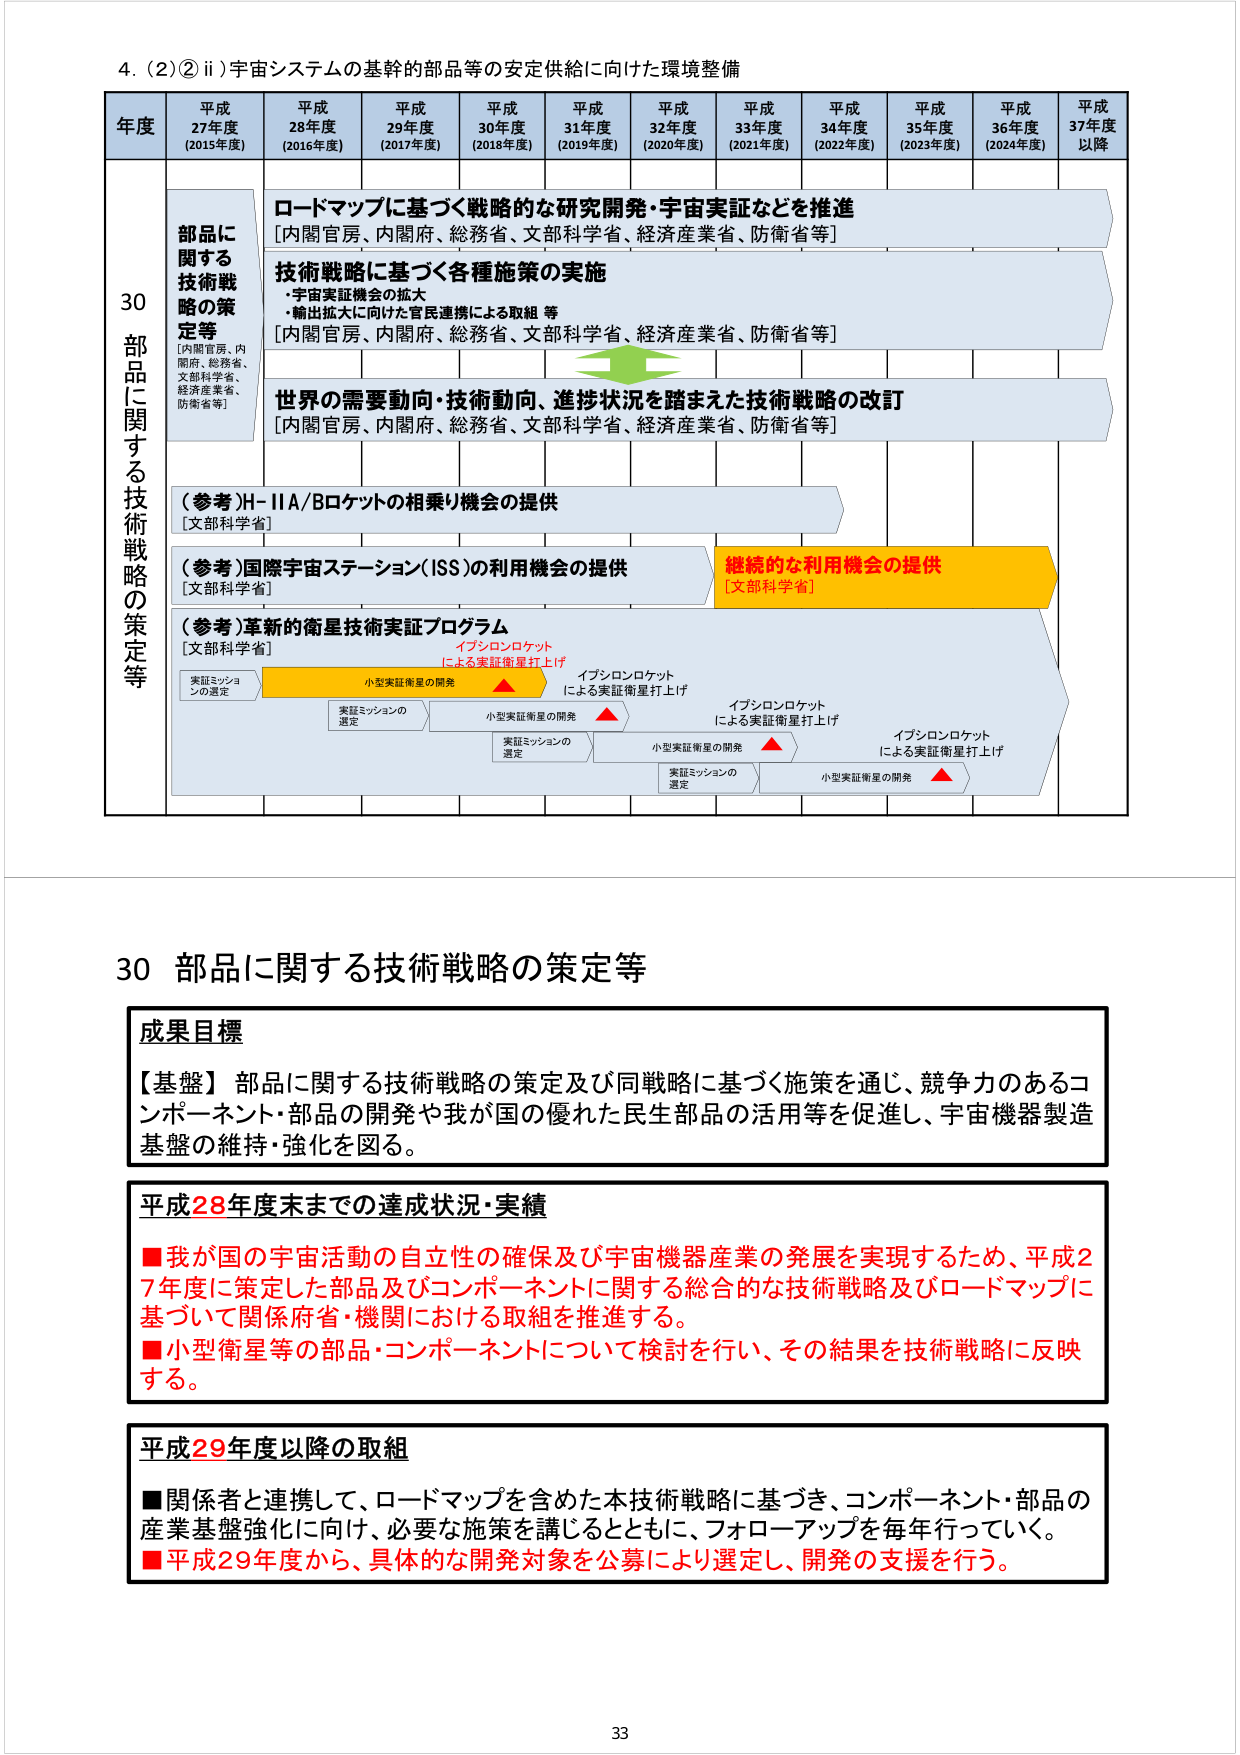
4. (2)②ii) 宇宙システムの基幹的部品等の安定供給に向けた環境整備

年度 平成27年度 (2015年度) 平成28年度 (2016年度) 平成29年度 (2017年度) 平成30年度 (2018年度) 平成31年度 (2019年度) 平成32年度 (2020年度) 平成33年度 (2021年度) 平成34年度 (2022年度) 平成35年度 (2023年度) 平成36年度 (2024年度) 平成37年度以降

部品に関する技術戦略の策定等 [内閣官房、内閣府、総務省、文部科学省、経済産業省、防衛省等]

ロードマップに基づく戦略的な研究開発・宇宙実証などを推進 [内閣官房、内閣府、総務省、文部科学省、経済産業省、防衛省等]

技術戦略に基づく各種施策の実施 ・宇宙実証機会の拡大 ・輸出拡大に向けた官民連携による取組 等 [内閣官房、内閣府、総務省、文部科学省、経済産業省、防衛省等]

世界の需要動向・技術動向、進捗状況を踏まえた技術戦略の改訂 [内閣官房、内閣府、総務省、文部科学省、経済産業省、防衛省等]

（参考）H-IIA/Bロケットの相乗り機会の提供 [文部科学省]

（参考）国際宇宙ステーション（ISS）の利用機会の提供 [文部科学省] 継続的な利用機会の提供 [文部科学省]

（参考）革新的衛星技術実証プログラム [文部科学省]

実証ミッションの選定 小型実証衛星の開発 イプシロンロケットによる実証衛星打上げ

実証ミッションの選定 小型実証衛星の開発 イプシロンロケットによる実証衛星打上げ

実証ミッションの選定 小型実証衛星の開発 イプシロンロケットによる実証衛星打上げ

実証ミッションの選定 小型実証衛星の開発 イプシロンロケットによる実証衛星打上げ

30 部品に関する技術戦略の策定等

成果目標

【基盤】部品に関する技術戦略の策定及び同戦略に基づく施策を通じ、競争力のあるコンポーネント・部品の開発や我が国の優れた民生部品の活用等を促進し、宇宙機器製造基盤の維持・強化を図る。

平成28年度末までの達成状況・実績

■我が国の宇宙活動の自立性の確保及び宇宙機器産業の発展を実現するため、平成27年度に策定した部品及びコンポーネントに関する総合的な技術戦略及びロードマップに基づいて関係府省・機関における取組を推進する。

■小型衛星等の部品・コンポーネントについて検討を行い、その結果を技術戦略に反映する。

平成29年度以降の取組

■関係者と連携して、ロードマップを含めた本技術戦略に基づき、コンポーネント・部品の産業基盤強化に向け、必要な施策を講じるとともに、フォローアップを毎年行っていく。

■平成29年度から、具体的な開発対象を公募により選定し、開発の支援を行う。

33